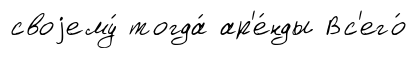
своjему́ тогда́ ар'е́нды Вс'его́